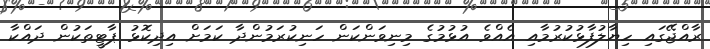
ރާއްޖޭގައި ހިޔާލުފާޅުކުރުމާއި އެއްވެ އުޅުމުގެ މިނިވަންކަން ހަނިކުރަމުންދާ ކަމަށް އިދިކޮޅު ޕާޓީތަކުން ދައްކާ